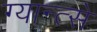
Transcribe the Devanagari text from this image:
ग्यान्त्से